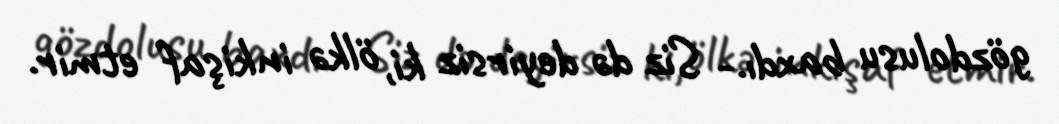
gözdolusu baxdı.- Siz də deyirsiz ki, ölkə inkişaf etmir.